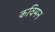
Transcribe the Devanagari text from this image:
कविमन